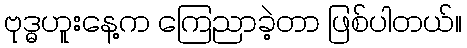
ဗုဒ္ဓဟူးနေ့က ကြေညာခဲ့တာ ဖြစ်ပါတယ်။